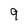
Character: 9